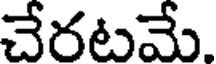
చేరటమే.